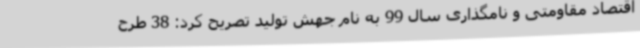
اقتصاد مقاومتی و نامگذاری سال 99 به نام جهش تولید تصریح کرد: 38 طرح